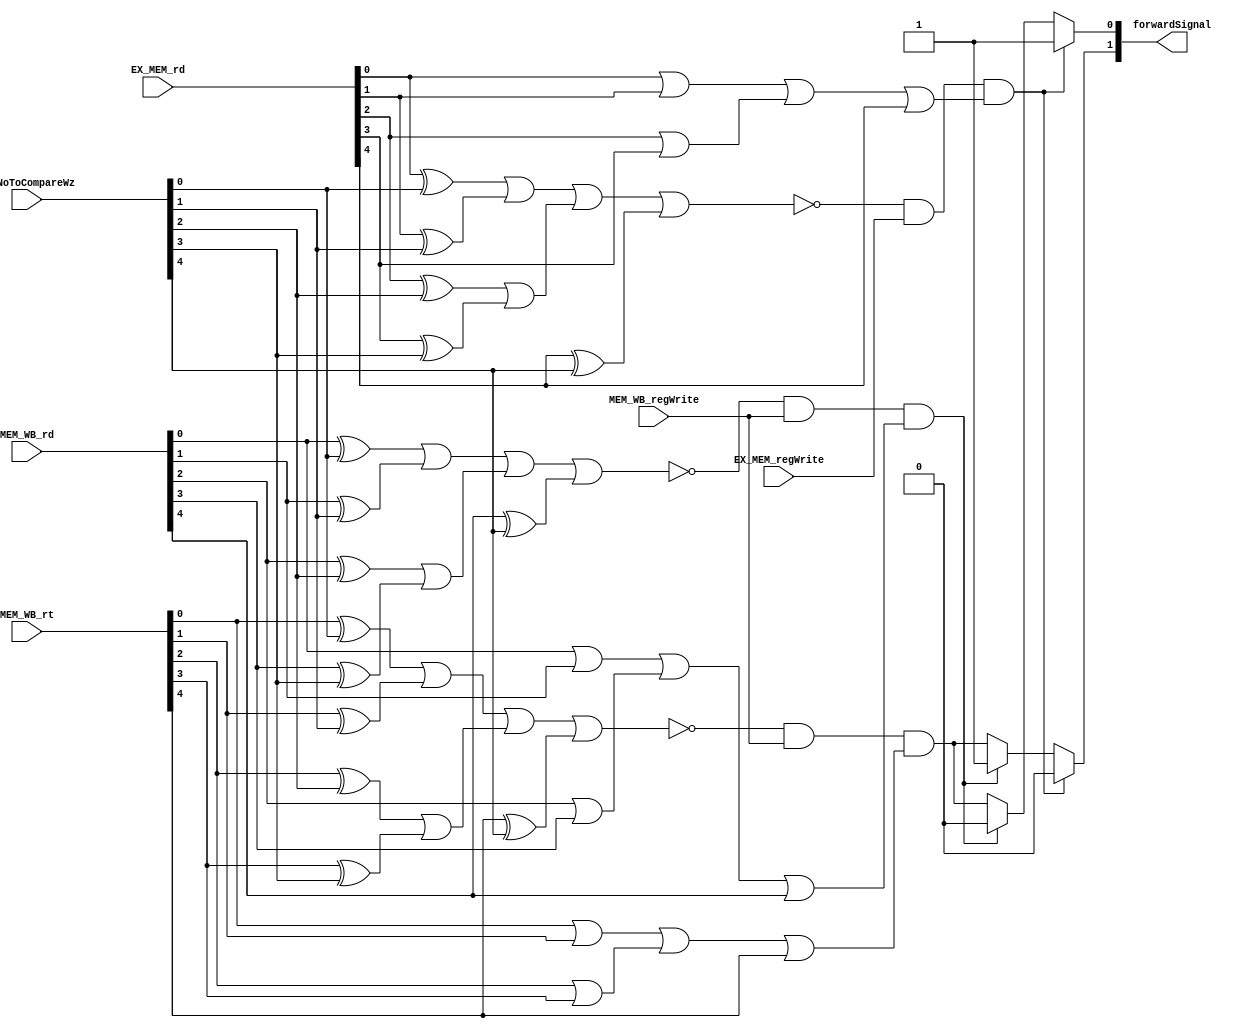
/* Generated by Yosys 0.7 (git sha1 61f6811, i686-w64-mingw32.static-gcc 4.9.3 -Os) */

(* src = "D:\\\\NEW\\\\yosys-win32-mxebin-0.7\\\\ForwardControl.v:1" *)
module ForwardControl(EX_MEM_regWrite, MEM_WB_regWrite, EX_MEM_rd, MEM_WB_rd, MEM_WB_rt, regNoToCompareWz, forwardSignal);
  wire [1:0] _00_;
  wire _01_;
  wire [1:0] _02_;
  wire _03_;
  wire [1:0] _04_;
  wire _05_;
  wire [1:0] _06_;
  wire _07_;
  wire [1:0] _08_;
  wire _09_;
  wire [1:0] _10_;
  wire _11_;
  wire [4:0] _12_;
  wire [4:0] _13_;
  wire [4:0] _14_;
  wire _15_;
  wire _16_;
  wire _17_;
  (* src = "D:\\\\NEW\\\\yosys-win32-mxebin-0.7\\\\ForwardControl.v:15" *)
  wire _18_;
  (* src = "D:\\\\NEW\\\\yosys-win32-mxebin-0.7\\\\ForwardControl.v:20" *)
  wire _19_;
  (* src = "D:\\\\NEW\\\\yosys-win32-mxebin-0.7\\\\ForwardControl.v:9" *)
  wire _20_;
  (* src = "D:\\\\NEW\\\\yosys-win32-mxebin-0.7\\\\ForwardControl.v:15" *)
  wire _21_;
  (* src = "D:\\\\NEW\\\\yosys-win32-mxebin-0.7\\\\ForwardControl.v:15" *)
  wire _22_;
  (* src = "D:\\\\NEW\\\\yosys-win32-mxebin-0.7\\\\ForwardControl.v:20" *)
  wire _23_;
  (* src = "D:\\\\NEW\\\\yosys-win32-mxebin-0.7\\\\ForwardControl.v:20" *)
  wire _24_;
  (* src = "D:\\\\NEW\\\\yosys-win32-mxebin-0.7\\\\ForwardControl.v:9" *)
  wire _25_;
  (* src = "D:\\\\NEW\\\\yosys-win32-mxebin-0.7\\\\ForwardControl.v:9" *)
  wire _26_;
  (* src = "D:\\\\NEW\\\\yosys-win32-mxebin-0.7\\\\ForwardControl.v:15" *)
  wire _27_;
  (* src = "D:\\\\NEW\\\\yosys-win32-mxebin-0.7\\\\ForwardControl.v:20" *)
  wire _28_;
  (* src = "D:\\\\NEW\\\\yosys-win32-mxebin-0.7\\\\ForwardControl.v:9" *)
  wire _29_;
  wire [1:0] _30_;
  (* src = "D:\\\\NEW\\\\yosys-win32-mxebin-0.7\\\\ForwardControl.v:4" *)
  input [4:0] EX_MEM_rd;
  (* src = "D:\\\\NEW\\\\yosys-win32-mxebin-0.7\\\\ForwardControl.v:3" *)
  input EX_MEM_regWrite;
  (* src = "D:\\\\NEW\\\\yosys-win32-mxebin-0.7\\\\ForwardControl.v:4" *)
  input [4:0] MEM_WB_rd;
  (* src = "D:\\\\NEW\\\\yosys-win32-mxebin-0.7\\\\ForwardControl.v:3" *)
  input MEM_WB_regWrite;
  (* src = "D:\\\\NEW\\\\yosys-win32-mxebin-0.7\\\\ForwardControl.v:4" *)
  input [4:0] MEM_WB_rt;
  (* src = "D:\\\\NEW\\\\yosys-win32-mxebin-0.7\\\\ForwardControl.v:5" *)
  output [1:0] forwardSignal;
  (* src = "D:\\\\NEW\\\\yosys-win32-mxebin-0.7\\\\ForwardControl.v:4" *)
  input [4:0] regNoToCompareWz;
  assign _00_[0] = _14_[0] |(* src = "D:\\\\NEW\\\\yosys-win32-mxebin-0.7\\\\ForwardControl.v:15" *)  _14_[1];
  assign _00_[1] = _14_[2] |(* src = "D:\\\\NEW\\\\yosys-win32-mxebin-0.7\\\\ForwardControl.v:15" *)  _14_[3];
  assign _01_ = _00_[0] |(* src = "D:\\\\NEW\\\\yosys-win32-mxebin-0.7\\\\ForwardControl.v:15" *)  _00_[1];
  assign _15_ = _01_ |(* src = "D:\\\\NEW\\\\yosys-win32-mxebin-0.7\\\\ForwardControl.v:15" *)  _14_[4];
  assign _02_[0] = MEM_WB_rd[0] |(* src = "D:\\\\NEW\\\\yosys-win32-mxebin-0.7\\\\ForwardControl.v:15" *)  MEM_WB_rd[1];
  assign _02_[1] = MEM_WB_rd[2] |(* src = "D:\\\\NEW\\\\yosys-win32-mxebin-0.7\\\\ForwardControl.v:15" *)  MEM_WB_rd[3];
  assign _03_ = _02_[0] |(* src = "D:\\\\NEW\\\\yosys-win32-mxebin-0.7\\\\ForwardControl.v:15" *)  _02_[1];
  assign _27_ = _03_ |(* src = "D:\\\\NEW\\\\yosys-win32-mxebin-0.7\\\\ForwardControl.v:15" *)  MEM_WB_rd[4];
  assign _04_[0] = _12_[0] |(* src = "D:\\\\NEW\\\\yosys-win32-mxebin-0.7\\\\ForwardControl.v:20" *)  _12_[1];
  assign _04_[1] = _12_[2] |(* src = "D:\\\\NEW\\\\yosys-win32-mxebin-0.7\\\\ForwardControl.v:20" *)  _12_[3];
  assign _05_ = _04_[0] |(* src = "D:\\\\NEW\\\\yosys-win32-mxebin-0.7\\\\ForwardControl.v:20" *)  _04_[1];
  assign _16_ = _05_ |(* src = "D:\\\\NEW\\\\yosys-win32-mxebin-0.7\\\\ForwardControl.v:20" *)  _12_[4];
  assign _06_[0] = MEM_WB_rt[0] |(* src = "D:\\\\NEW\\\\yosys-win32-mxebin-0.7\\\\ForwardControl.v:20" *)  MEM_WB_rt[1];
  assign _06_[1] = MEM_WB_rt[2] |(* src = "D:\\\\NEW\\\\yosys-win32-mxebin-0.7\\\\ForwardControl.v:20" *)  MEM_WB_rt[3];
  assign _07_ = _06_[0] |(* src = "D:\\\\NEW\\\\yosys-win32-mxebin-0.7\\\\ForwardControl.v:20" *)  _06_[1];
  assign _28_ = _07_ |(* src = "D:\\\\NEW\\\\yosys-win32-mxebin-0.7\\\\ForwardControl.v:20" *)  MEM_WB_rt[4];
  assign _08_[0] = _13_[0] |(* src = "D:\\\\NEW\\\\yosys-win32-mxebin-0.7\\\\ForwardControl.v:9" *)  _13_[1];
  assign _08_[1] = _13_[2] |(* src = "D:\\\\NEW\\\\yosys-win32-mxebin-0.7\\\\ForwardControl.v:9" *)  _13_[3];
  assign _09_ = _08_[0] |(* src = "D:\\\\NEW\\\\yosys-win32-mxebin-0.7\\\\ForwardControl.v:9" *)  _08_[1];
  assign _17_ = _09_ |(* src = "D:\\\\NEW\\\\yosys-win32-mxebin-0.7\\\\ForwardControl.v:9" *)  _13_[4];
  assign _10_[0] = EX_MEM_rd[0] |(* src = "D:\\\\NEW\\\\yosys-win32-mxebin-0.7\\\\ForwardControl.v:9" *)  EX_MEM_rd[1];
  assign _10_[1] = EX_MEM_rd[2] |(* src = "D:\\\\NEW\\\\yosys-win32-mxebin-0.7\\\\ForwardControl.v:9" *)  EX_MEM_rd[3];
  assign _11_ = _10_[0] |(* src = "D:\\\\NEW\\\\yosys-win32-mxebin-0.7\\\\ForwardControl.v:9" *)  _10_[1];
  assign _29_ = _11_ |(* src = "D:\\\\NEW\\\\yosys-win32-mxebin-0.7\\\\ForwardControl.v:9" *)  EX_MEM_rd[4];
  assign _18_ = ~(* src = "D:\\\\NEW\\\\yosys-win32-mxebin-0.7\\\\ForwardControl.v:15" *) _15_;
  assign _19_ = ~(* src = "D:\\\\NEW\\\\yosys-win32-mxebin-0.7\\\\ForwardControl.v:20" *) _16_;
  assign _20_ = ~(* src = "D:\\\\NEW\\\\yosys-win32-mxebin-0.7\\\\ForwardControl.v:9" *) _17_;
  assign _21_ = _18_ &(* src = "D:\\\\NEW\\\\yosys-win32-mxebin-0.7\\\\ForwardControl.v:15" *)  MEM_WB_regWrite;
  assign _22_ = _21_ &(* src = "D:\\\\NEW\\\\yosys-win32-mxebin-0.7\\\\ForwardControl.v:15" *)  _27_;
  assign _23_ = _19_ &(* src = "D:\\\\NEW\\\\yosys-win32-mxebin-0.7\\\\ForwardControl.v:20" *)  MEM_WB_regWrite;
  assign _24_ = _23_ &(* src = "D:\\\\NEW\\\\yosys-win32-mxebin-0.7\\\\ForwardControl.v:20" *)  _28_;
  assign _25_ = _20_ &(* src = "D:\\\\NEW\\\\yosys-win32-mxebin-0.7\\\\ForwardControl.v:9" *)  EX_MEM_regWrite;
  assign _26_ = _25_ &(* src = "D:\\\\NEW\\\\yosys-win32-mxebin-0.7\\\\ForwardControl.v:9" *)  _29_;
  assign _30_[0] = _22_ ? (* src = "D:\\\\NEW\\\\yosys-win32-mxebin-0.7\\\\ForwardControl.v:15" *) 1'b0 : _24_;
  assign _30_[1] = _22_ ? (* src = "D:\\\\NEW\\\\yosys-win32-mxebin-0.7\\\\ForwardControl.v:15" *) 1'b1 : _24_;
  assign forwardSignal[0] = _26_ ? (* src = "D:\\\\NEW\\\\yosys-win32-mxebin-0.7\\\\ForwardControl.v:9" *) 1'b1 : _30_[0];
  assign forwardSignal[1] = _26_ ? (* src = "D:\\\\NEW\\\\yosys-win32-mxebin-0.7\\\\ForwardControl.v:9" *) 1'b0 : _30_[1];
  assign _14_[4] = MEM_WB_rd[4] ^(* src = "D:\\\\NEW\\\\yosys-win32-mxebin-0.7\\\\ForwardControl.v:15" *)  regNoToCompareWz[4];
  assign _12_[0] = MEM_WB_rt[0] ^(* src = "D:\\\\NEW\\\\yosys-win32-mxebin-0.7\\\\ForwardControl.v:20" *)  regNoToCompareWz[0];
  assign _12_[1] = MEM_WB_rt[1] ^(* src = "D:\\\\NEW\\\\yosys-win32-mxebin-0.7\\\\ForwardControl.v:20" *)  regNoToCompareWz[1];
  assign _12_[2] = MEM_WB_rt[2] ^(* src = "D:\\\\NEW\\\\yosys-win32-mxebin-0.7\\\\ForwardControl.v:20" *)  regNoToCompareWz[2];
  assign _12_[3] = MEM_WB_rt[3] ^(* src = "D:\\\\NEW\\\\yosys-win32-mxebin-0.7\\\\ForwardControl.v:20" *)  regNoToCompareWz[3];
  assign _12_[4] = MEM_WB_rt[4] ^(* src = "D:\\\\NEW\\\\yosys-win32-mxebin-0.7\\\\ForwardControl.v:20" *)  regNoToCompareWz[4];
  assign _13_[0] = EX_MEM_rd[0] ^(* src = "D:\\\\NEW\\\\yosys-win32-mxebin-0.7\\\\ForwardControl.v:9" *)  regNoToCompareWz[0];
  assign _13_[1] = EX_MEM_rd[1] ^(* src = "D:\\\\NEW\\\\yosys-win32-mxebin-0.7\\\\ForwardControl.v:9" *)  regNoToCompareWz[1];
  assign _13_[2] = EX_MEM_rd[2] ^(* src = "D:\\\\NEW\\\\yosys-win32-mxebin-0.7\\\\ForwardControl.v:9" *)  regNoToCompareWz[2];
  assign _13_[3] = EX_MEM_rd[3] ^(* src = "D:\\\\NEW\\\\yosys-win32-mxebin-0.7\\\\ForwardControl.v:9" *)  regNoToCompareWz[3];
  assign _13_[4] = EX_MEM_rd[4] ^(* src = "D:\\\\NEW\\\\yosys-win32-mxebin-0.7\\\\ForwardControl.v:9" *)  regNoToCompareWz[4];
  assign _14_[0] = MEM_WB_rd[0] ^(* src = "D:\\\\NEW\\\\yosys-win32-mxebin-0.7\\\\ForwardControl.v:15" *)  regNoToCompareWz[0];
  assign _14_[1] = MEM_WB_rd[1] ^(* src = "D:\\\\NEW\\\\yosys-win32-mxebin-0.7\\\\ForwardControl.v:15" *)  regNoToCompareWz[1];
  assign _14_[2] = MEM_WB_rd[2] ^(* src = "D:\\\\NEW\\\\yosys-win32-mxebin-0.7\\\\ForwardControl.v:15" *)  regNoToCompareWz[2];
  assign _14_[3] = MEM_WB_rd[3] ^(* src = "D:\\\\NEW\\\\yosys-win32-mxebin-0.7\\\\ForwardControl.v:15" *)  regNoToCompareWz[3];
endmodule